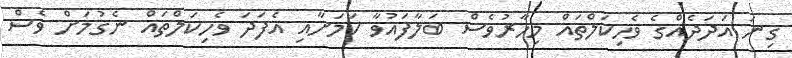
ގިނަ އަދަދެއްގެ ވެހިކަލްތައް މިހާރުވެސް ބަލާފައުވާ ކަމަށާއި އެފަދަ ވެހިކަލްތައް ނެގުމަށް ވެސް